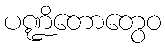
ပဏ္ဍိတောတွေဝ